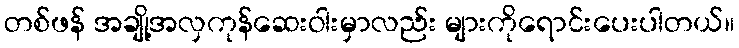
တစ်ဖန် အချို့အလှကုန်ဆေးဝါးမှာလည်း များကိုရောင်းပေးပါတယ်။